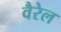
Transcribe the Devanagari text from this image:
वैरेल